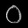
Digit: ၀